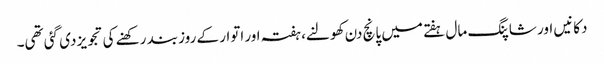
دکانیں اور شاپنگ مال ہفتے میں پانچ دن کھولنے، ہفتہ اور اتوار کے روز بند رکھنے کی تجویز دی گئی تھی۔